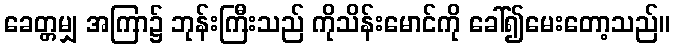
ခေတ္တမျှ အကြာ၌ ဘုန်းကြီးသည် ကိုသိန်းမောင်ကို ခေါ်၍မေးတော့သည်။